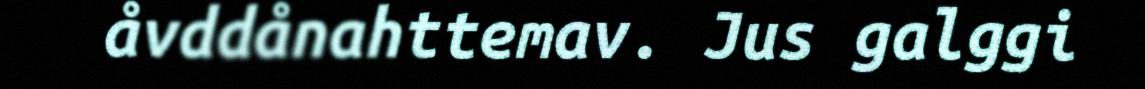
åvddånahttemav. Jus galggi